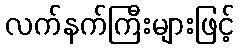
လက်နက်ကြီးများဖြင့်